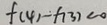
f ( 4 ) - f ( 3 ) < 0